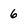
Character: 6